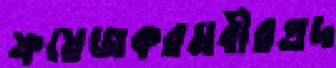
ফয়েজকরমবীরপ্রদ